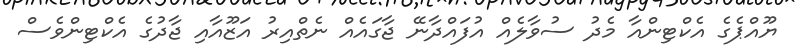
ޔޫއްޕެގެ އެކްޓިންއާ މެދު ސުވާލެއް އުފައްދާނޭ ޖާގައެއް ނެތްއިރު އަޒޫއާއި ޖާދުގެ އެކްޓިންވެސް